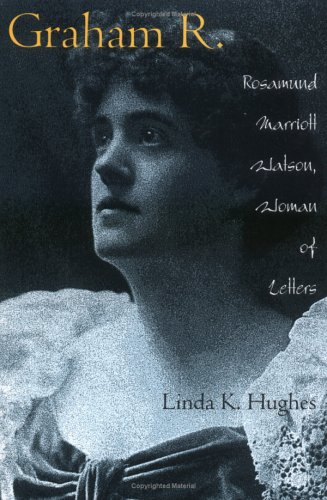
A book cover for Graham R.: Rosamund Marriott Watson, Woman of Letters; Linda K. Hughes; Literature & Fiction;